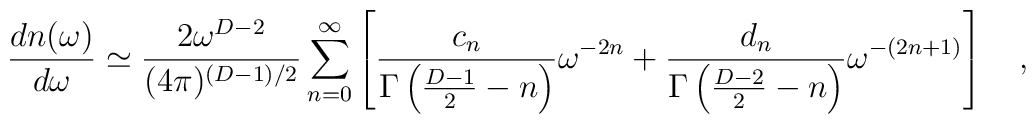
{dn(\omega) \over d\omega}\simeq{2 \omega^{D-2} \over (4\pi)^{(D-1)/2}}\sum_{n=0}^\infty\left[{c_n\over \Gamma\left({D-1 \over 2}-n\right)} \omega^{-2n}+{d_n \over \Gamma\left({D-2 \over 2}-n\right)} \omega^{-(2n+1)}\right]~~~,